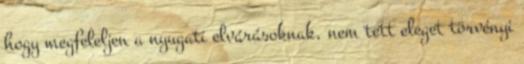
hogy megfeleljen a nyugati elvárásoknak, nem tett eleget törvényi